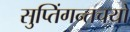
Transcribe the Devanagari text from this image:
सुप्तिंगन्तचयो